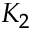
K _ { 2 }